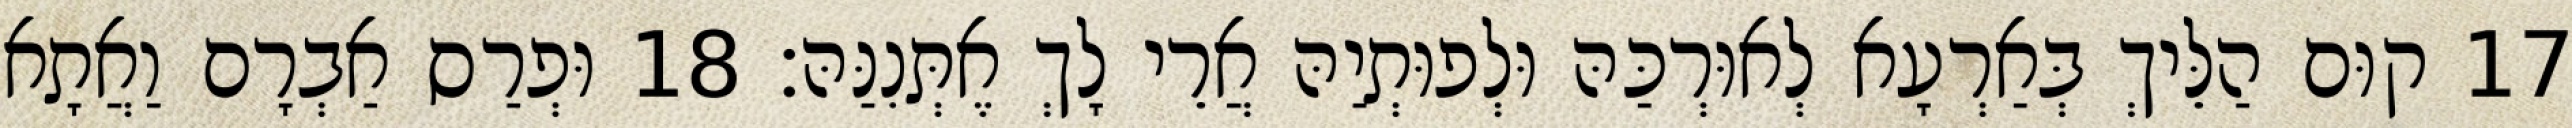
17 קוּם הַלֵּיךְ בְּאַרְעָא לְאוּרְכַּהּ וּלְפוּתְיַהּ אֲרֵי לָךְ אֶתְּנִנַּהּ׃ 18 וּפְרַס אַבְרָם וַאֲתָא